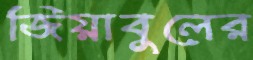
জিয়াবুলের